Annual report on the working of the lock hospitals in the North-Western Provinces and Oudh
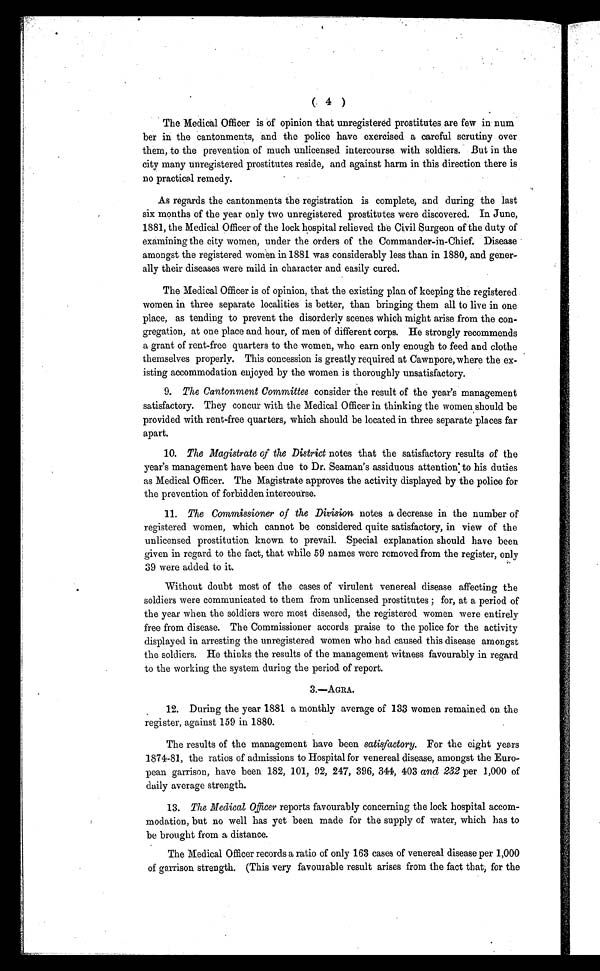
( 4 )
The Medical Officer is of opinion that unregistered prostitutes are few in num
ber in the cantonments, and the police have exercised a careful scrutiny over
them, to the prevention of much unlicensed intercourse with soldiers. But in the
city many unregistered prostitutes reside, and against harm in this direction there is
no practical remedy.
As regards the cantonments the registration is complete, and during the last
six months of the year only two unregistered prostitutes were discovered. In June,
1881, the Medical Officer of the lock hospital relieved the Civil Surgeon of the duty of
examining the city women, under the orders of the Commander-in-Chief. Disease
amongst the registered women in 1881 was considerably less than in 1880, and gener-
ally their diseases were mild in character and easily cured.
The Medical Officer is of opinion, that the existing plan of keeping the registered
women in three separate localities is better, than bringing them all to live in one
place, as tending to prevent the disorderly scenes which might arise from the con-
gregation, at one place and hour, of men of different corps. He strongly recommends
a grant of rent-free quarters to the women, who earn only enough to feed and clothe
themselves properly. This concession is greatly required at Cawnpore, where the ex-
isting accommodation enjoyed by the women is thoroughly unsatisfactory.
9.The Cantonment Committee consider the result of the year's management
satisfactory. They concur with the Medical Officer in thinking the women should be
provided with rent-free quarters, which should be located in three separate places far
apart.
10.The Magistrate of the District notes that the satisfactory results of the
year's management have been due to Dr. Seaman's assiduous attention to his duties
as Medical Officer. The Magistrate approves the activity displayed by the police for
the prevention of forbidden intercourse.
11.The Commissioner of the Division notes a decrease in the number of
registered women, which cannot be considered quite satisfactory, in view of the
unlicensed prostitution known to prevail. Special explanation should have been
given in regard to the fact, that while 59 names were removed from the register, only
39 were added to it.
Without doubt most of the cases of virulent venereal disease affecting the
soldiers were communicated to them from unlicensed prostitutes; for, at a period of
the year when the soldiers were most diseased, the registered women were entirely
free from disease. The Commissioner accords praise to the police for the activity
displayed in arresting the unregistered women who had caused this disease amongst
the soldiers. He thinks the results of the management witness favourably in regard
to the working the system during the period of report.
3.—AGRA.
12.During the year 1881 a monthly average of 133 women remained on the
register, against 159 in 1880.
The results of the management have been satisfactory.F o r t h e e i g h t y e a r s
1874-81, the ratios of admissions to Hospital for venereal disease, amongst the Euro-
pean garrison, have been 182, 101, 92, 247, 396, 344, 403 and 232 per 1,000 of
daily average strength.
13.The Medical Officer reports favourably concerning the lock hospital accom-
modation, but no well has yet been made for the supply of water, which has to
be brought from a distance.
The Medical Officer records a ratio of only 163 cases of venereal disease per 1,000
of garrison strength. (This very favourable result arises from the fact that, for the